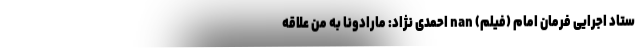
ستاد اجرایی فرمان امام (فیلم) nan احمدی نژاد: مارادونا به من علاقه